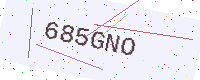
Text: 685GNO